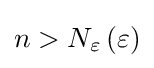
n>N_{\varepsilon }\left(\varepsilon \right)